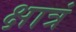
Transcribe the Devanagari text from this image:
क्षात्रं